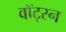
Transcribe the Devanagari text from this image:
वॉट्स्न